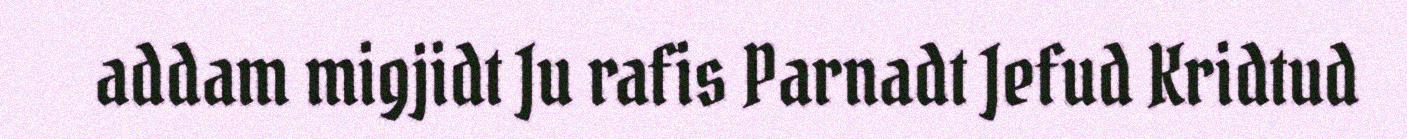
addam migjidt Ju rafis Parnadt Jefud Kridtud